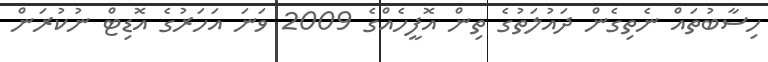
ހިސާބުތައް ނެތިގެން ދައުލަތުގެ ތިން އޮފީހެއްގެ 2009 ވަނަ އަހަރުގެ އޮޑިޓް ނުކުރަން